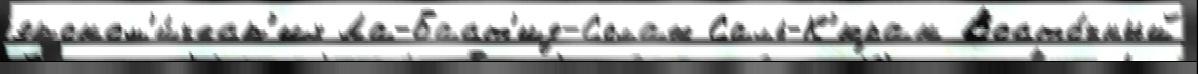
эконом'и́ческ'их Ла-Баст'ид-Солаж Саль-К'юран Восто́чный